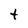
Character: t